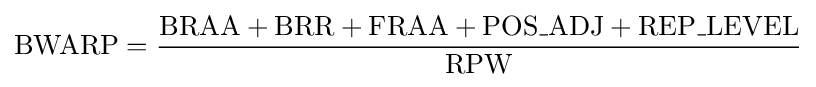
{\text{BWARP}}={\frac {{\text{BRAA}}+{\text{BRR}}+{\text{FRAA}}+{\text{POS}}\_{\text{ADJ}}+{\text{REP}}\_{\text{LEVEL}}}{\text{RPW}}}